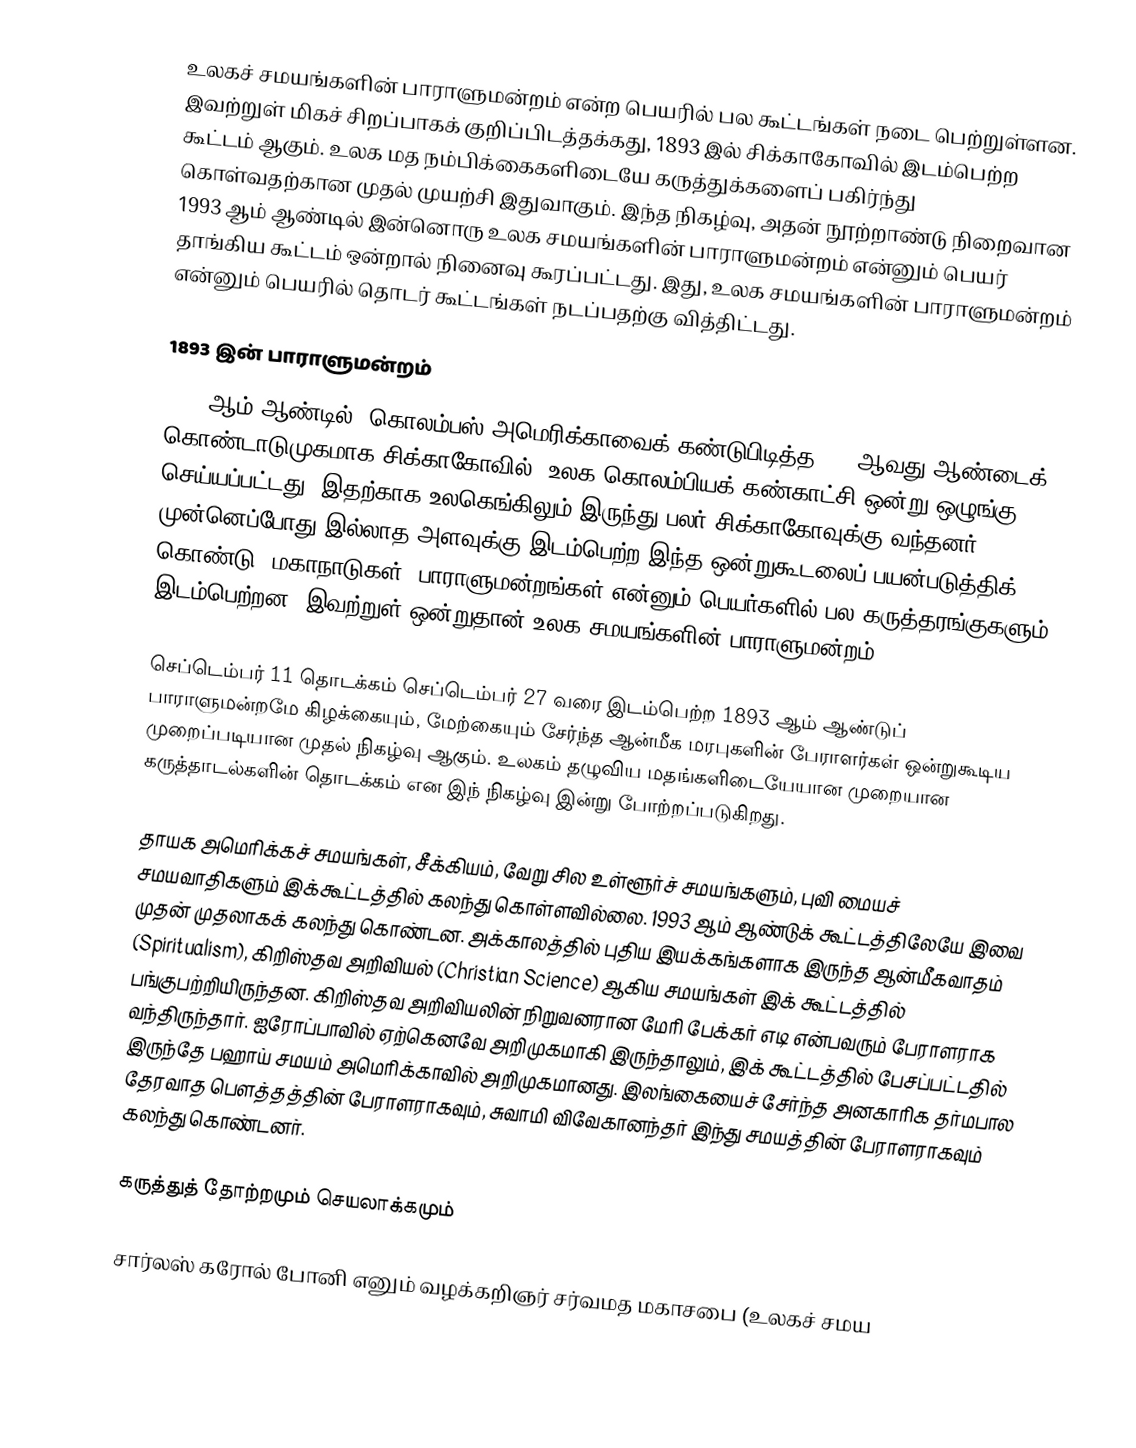
உலகச் சமயங்களின் பாராளுமன்றம் என்ற பெயரில் பல கூட்டங்கள் நடை பெற்றுள்ளன. இவற்றுள் மிகச் சிறப்பாகக் குறிப்பிடத்தக்கது, 1893 இல் சிக்காகோவில் இடம்பெற்ற கூட்டம் ஆகும். உலக மத நம்பிக்கைகளிடையே கருத்துக்களைப் பகிர்ந்து கொள்வதற்கான முதல் முயற்சி இதுவாகும். இந்த நிகழ்வு, அதன் நூற்றாண்டு நிறைவான 1993 ஆம் ஆண்டில் இன்னொரு உலக சமயங்களின் பாராளுமன்றம் என்னும் பெயர் தாங்கிய கூட்டம் ஒன்றால் நினைவு கூரப்பட்டது. இது, உலக சமயங்களின் பாராளுமன்றம் என்னும் பெயரில் தொடர் கூட்டங்கள் நடப்பதற்கு வித்திட்டது.

1893 இன் பாராளுமன்றம்
1893 ஆம் ஆண்டில், கொலம்பஸ் அமெரிக்காவைக் கண்டுபிடித்த 400 ஆவது ஆண்டைக் கொண்டாடுமுகமாக சிக்காகோவில், உலக கொலம்பியக் கண்காட்சி ஒன்று ஒழுங்கு செய்யப்பட்டது. இதற்காக உலகெங்கிலும் இருந்து பலர் சிக்காகோவுக்கு வந்தனர். முன்னெப்போது இல்லாத அளவுக்கு இடம்பெற்ற இந்த ஒன்றுகூடலைப் பயன்படுத்திக் கொண்டு, மகாநாடுகள், பாராளுமன்றங்கள் என்னும் பெயர்களில் பல கருத்தரங்குகளும் இடம்பெற்றன. இவற்றுள் ஒன்றுதான் உலக சமயங்களின் பாராளுமன்றம்.

செப்டெம்பர் 11 தொடக்கம் செப்டெம்பர் 27 வரை இடம்பெற்ற 1893 ஆம் ஆண்டுப் பாராளுமன்றமே கிழக்கையும், மேற்கையும் சேர்ந்த ஆன்மீக மரபுகளின் பேராளர்கள் ஒன்றுகூடிய முறைப்படியான முதல் நிகழ்வு ஆகும். உலகம் தழுவிய மதங்களிடையேயான முறையான கருத்தாடல்களின் தொடக்கம் என இந் நிகழ்வு இன்று போற்றப்படுகிறது.

தாயக அமெரிக்கச் சமயங்கள், சீக்கியம், வேறு சில உள்ளூர்ச் சமயங்களும், புவி மையச் சமயவாதிகளும் இக்கூட்டத்தில் கலந்து கொள்ளவில்லை. 1993 ஆம் ஆண்டுக் கூட்டத்திலேயே இவை முதன் முதலாகக் கலந்து கொண்டன. அக்காலத்தில் புதிய இயக்கங்களாக இருந்த ஆன்மீகவாதம் (Spiritualism), கிறிஸ்தவ அறிவியல் (Christian Science) ஆகிய சமயங்கள் இக் கூட்டத்தில் பங்குபற்றியிருந்தன. கிறிஸ்தவ அறிவியலின் நிறுவனரான மேரி பேக்கர் எடி என்பவரும் பேராளராக வந்திருந்தார். ஐரோப்பாவில் ஏற்கெனவே அறிமுகமாகி இருந்தாலும், இக் கூட்டத்தில் பேசப்பட்டதில் இருந்தே பஹாய் சமயம் அமெரிக்காவில் அறிமுகமானது. இலங்கையைச் சேர்ந்த அனகாரிக தர்மபால தேரவாத பௌத்தத்தின் பேராளராகவும், சுவாமி விவேகானந்தர் இந்து சமயத்தின் பேராளராகவும் கலந்து கொண்டனர்.

கருத்துத் தோற்றமும் செயலாக்கமும்

 சார்லஸ் கரோல் போனி எனும் வழக்கறிஞர் சர்வமத மகாசபை (உலகச் சமய